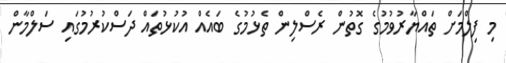
މި ފިލްމަށް ތައްޔާރުވުމުގެ ގޮތުން ރެސްލިން ތެޅުމުގެ ބައެއް އުކުޅުތައް ދަސްކުރުމުގައި ސަލްމާން